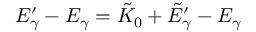
E _ { \gamma } ^ { \prime } - E _ { \gamma } = \tilde { K } _ { 0 } + \tilde { E } _ { \gamma } ^ { \prime } - E _ { \gamma }